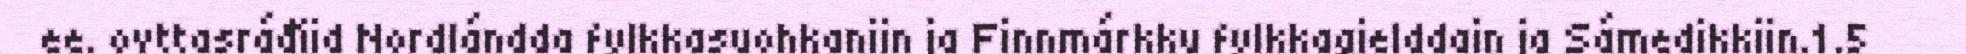
ee. ovttasráđiid Nordlándda fylkkasuohkaniin ja Finnmárkku fylkkagielddain ja Sámedikkiin.1.5